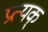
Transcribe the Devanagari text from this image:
प्रत्यक्